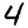
Digit: 4